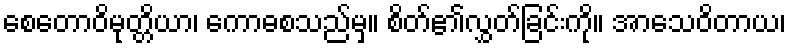
စေတောဝိမုတ္တိယာ၊ ကောဓစသည်မှ။ စိတ်၏လွှတ်ခြင်းကို။ အာသေဝိတာယ၊